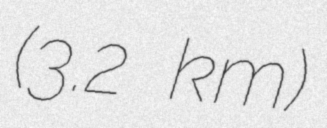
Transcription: (3.2 km)